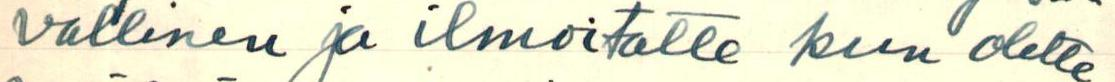
vällinen ja ilmoitatte kun olette